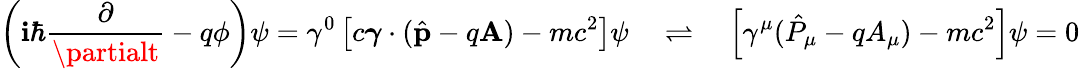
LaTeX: \left(\mathbf{i}\hbar{\frac{{\partial}}{{\partialt}}}-q\phi\right)\psi=\gamma^{0}\left[c{\boldsymbol{\gamma}}\cdot{({\hat{{\mathbf{{p}}}}}-q\mathbf{{A}})}-mc^{2}\right]\psi\quad\rightleftharpoons\quad\left[\gamma^{\mu}({\hat{{P}}}_{\mu}-qA_{\mu})-mc^{2}\right]\psi=0